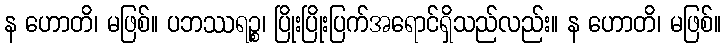
န ဟောတိ၊ မဖြစ်။ ပဘဿရဉ္စ၊ ပြိုးပြိုးပြက်အရောင်ရှိသည်လည်း။ န ဟောတိ၊ မဖြစ်။